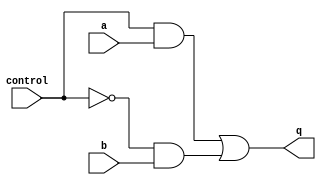
module mux(q, control, a, b);
output q;
reg q;
input control, a, b;
wire notcontrol;
always @(control or
notcontrol or
a or b)
q = (control & a) |
(notcontrol & b);
not (notcontrol, control);
endmodule
module flipflop(q, clk, rst, d);
input clk;
input rst;
input d;
output q;
reg q;
always @(posedge clk or posedge rst)
begin
if (rst)
q = 0;
else
q = d;
end
endmodule


module iiitb_lfsr(q, clk, rst, seed, load);
output q;
input [3:0] seed;
input load;
input rst;
input clk;
wire [3:0] state_out;
wire [3:0] state_in;
flipflop F[3:0] (state_out, clk, rst, state_in);
mux M1[3:0] (state_in, load, seed, {state_out[2],
state_out[1],
state_out[0],
nextbit});
xor G1(nextbit, state_out[2], state_out[3]);
assign q = nextbit;
endmodule